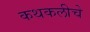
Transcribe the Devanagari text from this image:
कथकलीचे